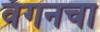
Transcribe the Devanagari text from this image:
वॅगनचा